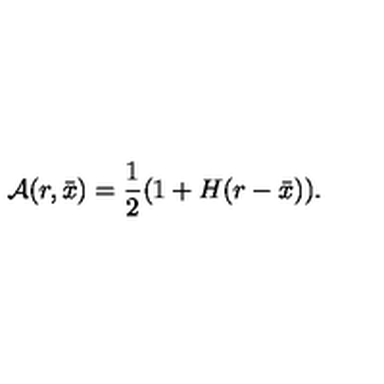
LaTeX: { \cal A } ( r , \bar { x } ) = { \frac { 1 } { 2 } } ( 1 + H ( r - \bar { x } ) ) .